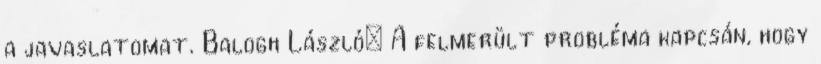
a javaslatomat. Balogh László: A felmerült probléma kapcsán, hogy